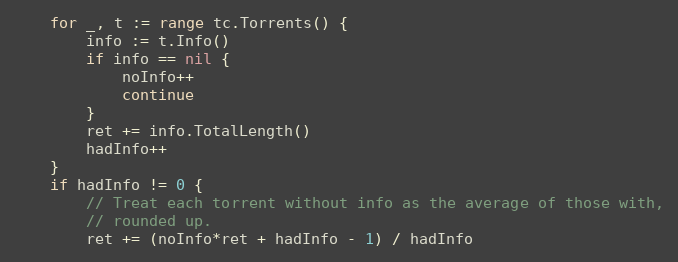
Language: Go
	for _, t := range tc.Torrents() {
		info := t.Info()
		if info == nil {
			noInfo++
			continue
		}
		ret += info.TotalLength()
		hadInfo++
	}
	if hadInfo != 0 {
		// Treat each torrent without info as the average of those with,
		// rounded up.
		ret += (noInfo*ret + hadInfo - 1) / hadInfo